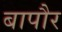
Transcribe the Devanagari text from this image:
बापौर